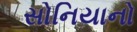
સોનિયાનો